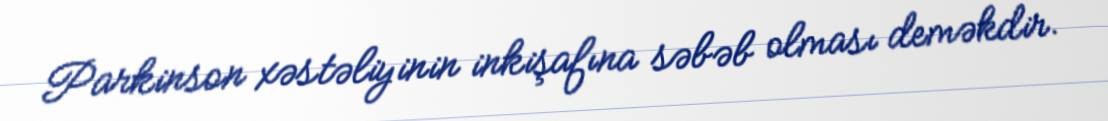
Parkinson xəstəliyinin inkişafına səbəb olması deməkdir.